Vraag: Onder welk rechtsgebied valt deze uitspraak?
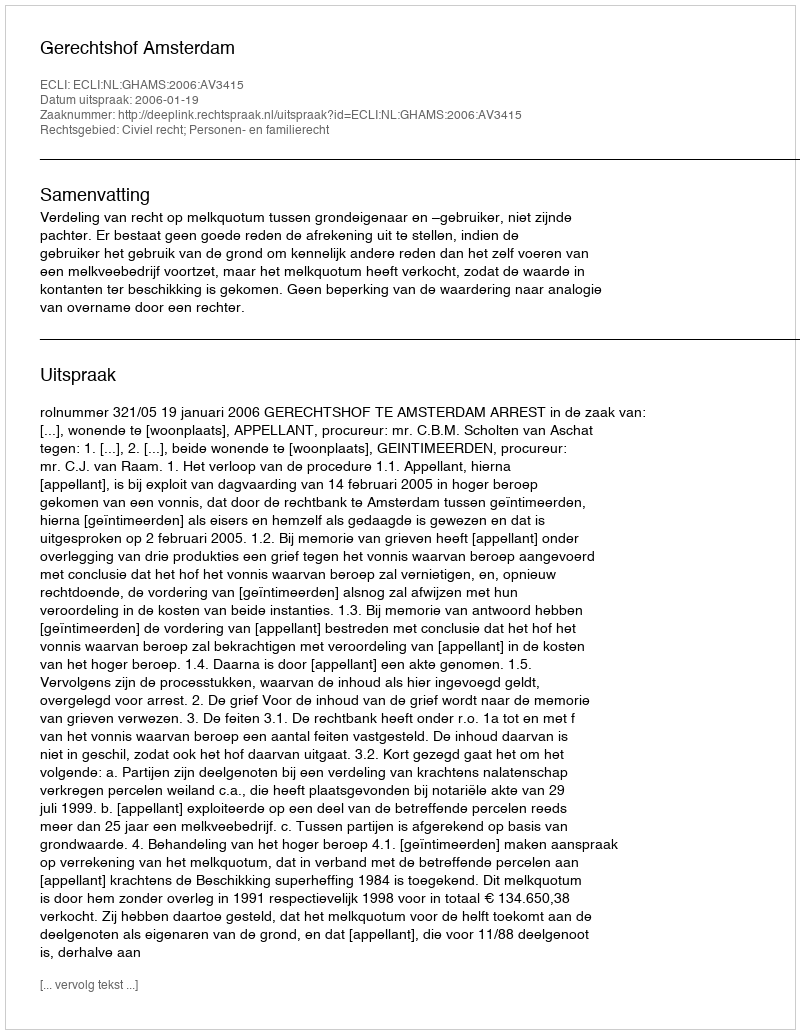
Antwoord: Civiel recht; Personen- en familierecht